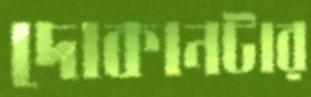
দোকানটার